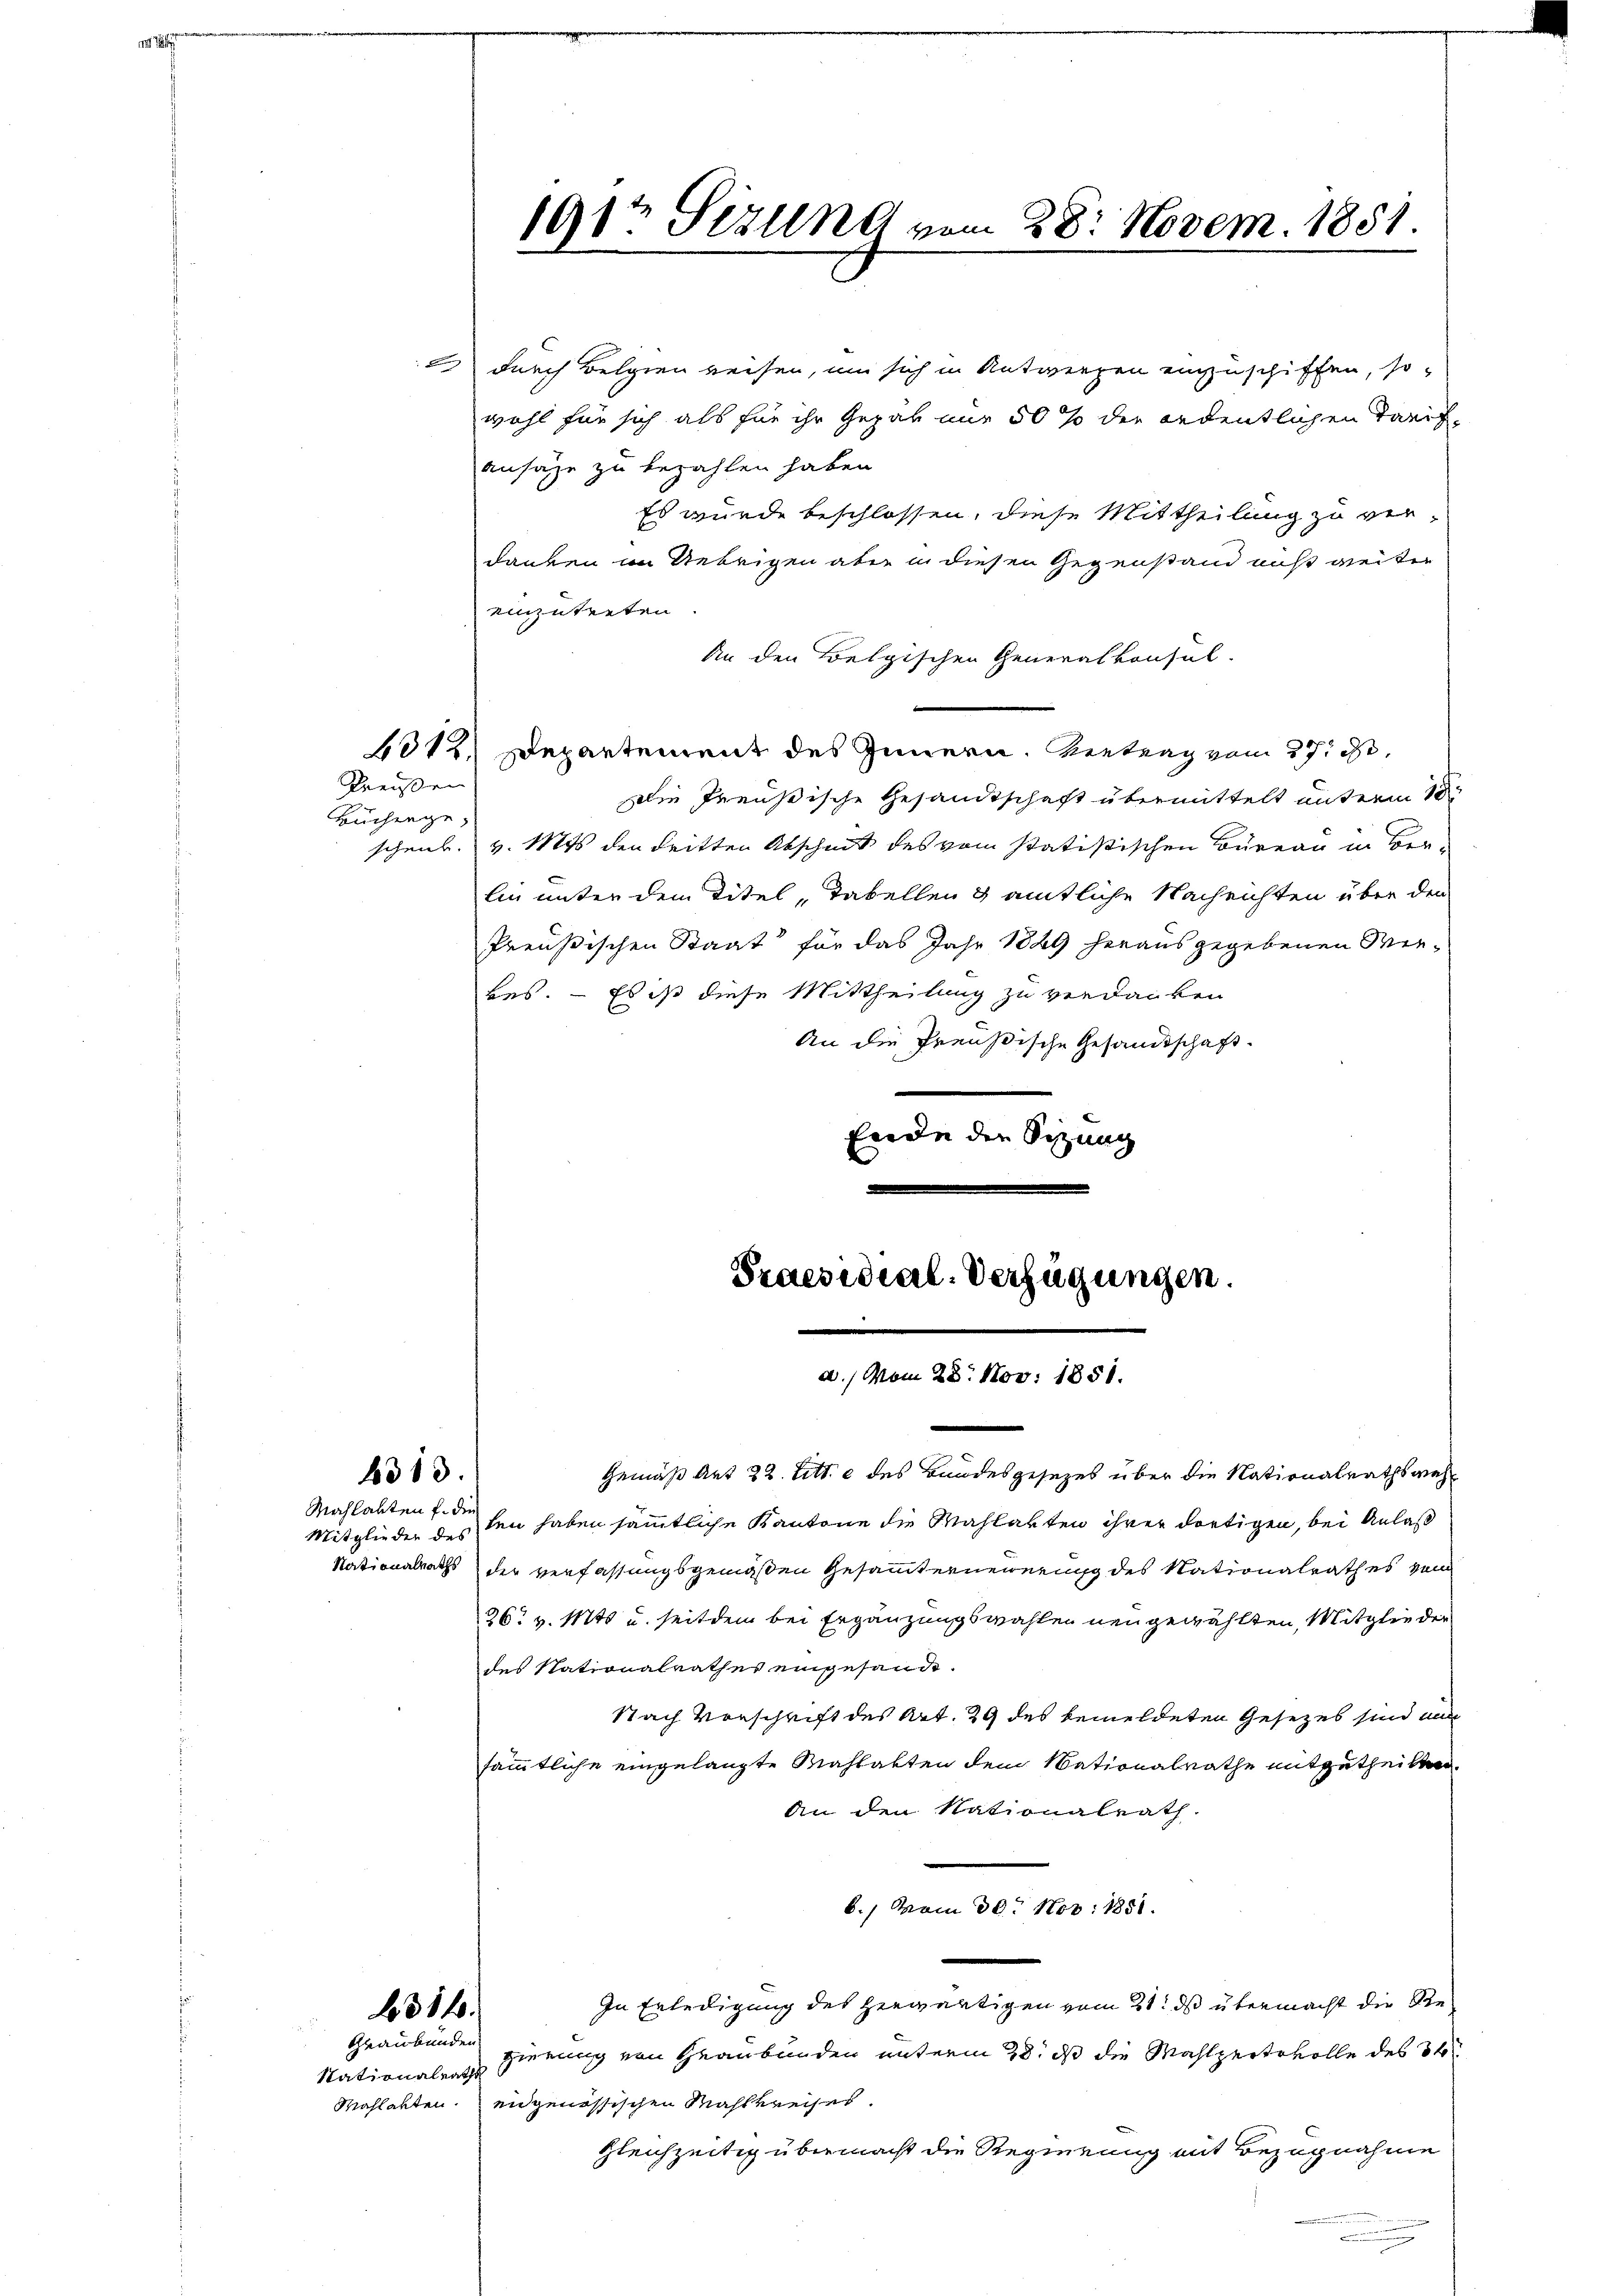
2.) Durch Belgien reisen, um sich in Antwerfen einzuschiffen, so
wohl für sich als für ihr Gegab nur 50 % der ordentlichen Tarif-
ansähe zu bezahlen haben.
Es wurde beschlossen, diese Mittheilung zu ver-
danken im Uebrigen aber in diesen Gegenstand nicht weiter
einzutreten.
An den Belgischen Generalkonsul
6012. Departement des Innern. Vertrag vom 27. 30.
Preußen
Die Preußische Gesandtschaft übermittelt unterm 18ten
Büchenge,
schenk. v. Mts. den dritten Abschnitt des vom statistischen Bureau in Verlin unter dem Titel „Tabellen & amtliche Nachrichten über den
Preußischen Staat für das Jahr 1849 herausgegebenen Wiekes. — Es ist diese Mittheilung zu verdanken
An die Preußische Gesandtschaft.
fede der Sitzung
Praesidial-Verfügungen.

Gemäß Art 22. Litt. c des Bundesgesezes über die Nationalrathswahl
Mitglieder des den haben sämmtliche Kantone die Mahlakten ihrer dortigen, bei Anlaß
Nationalraths der verfassungsgemäßen Gesammterneuerung des Nationalrathes vom
26. v. Mts. u. seitdem bei Ergänzungswahlen neu gewählten, Mitglieder
des Nationalrathes eingesande.
Nach Vorschrift des Art. 29 des bemeldeten Gesetzes sind aus
sämmtliche eingelangte Mahlakten dem Nationalrathe mitzutheilten
An den Nationalrath
b., vom 30. Nov. 1881.
In Erledigung des herwärtigen vom 21. ds übermacht die Re¬
1316.
Graubünden
gierung von Graubünden unterm 28. ds die Mahlzeitsvolle des 3t
Nationalraths
Mahlakten. eidgenössischen Mahlkreises.
gleichzeitig übermacht die Regierung mit Bezugnahme
.

6313.

Mahlabten f. die

191t Sizung vom 28. Novem. 1851.

.
a. vom 28. Nov. 1881.